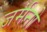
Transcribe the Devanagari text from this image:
जर्मनो